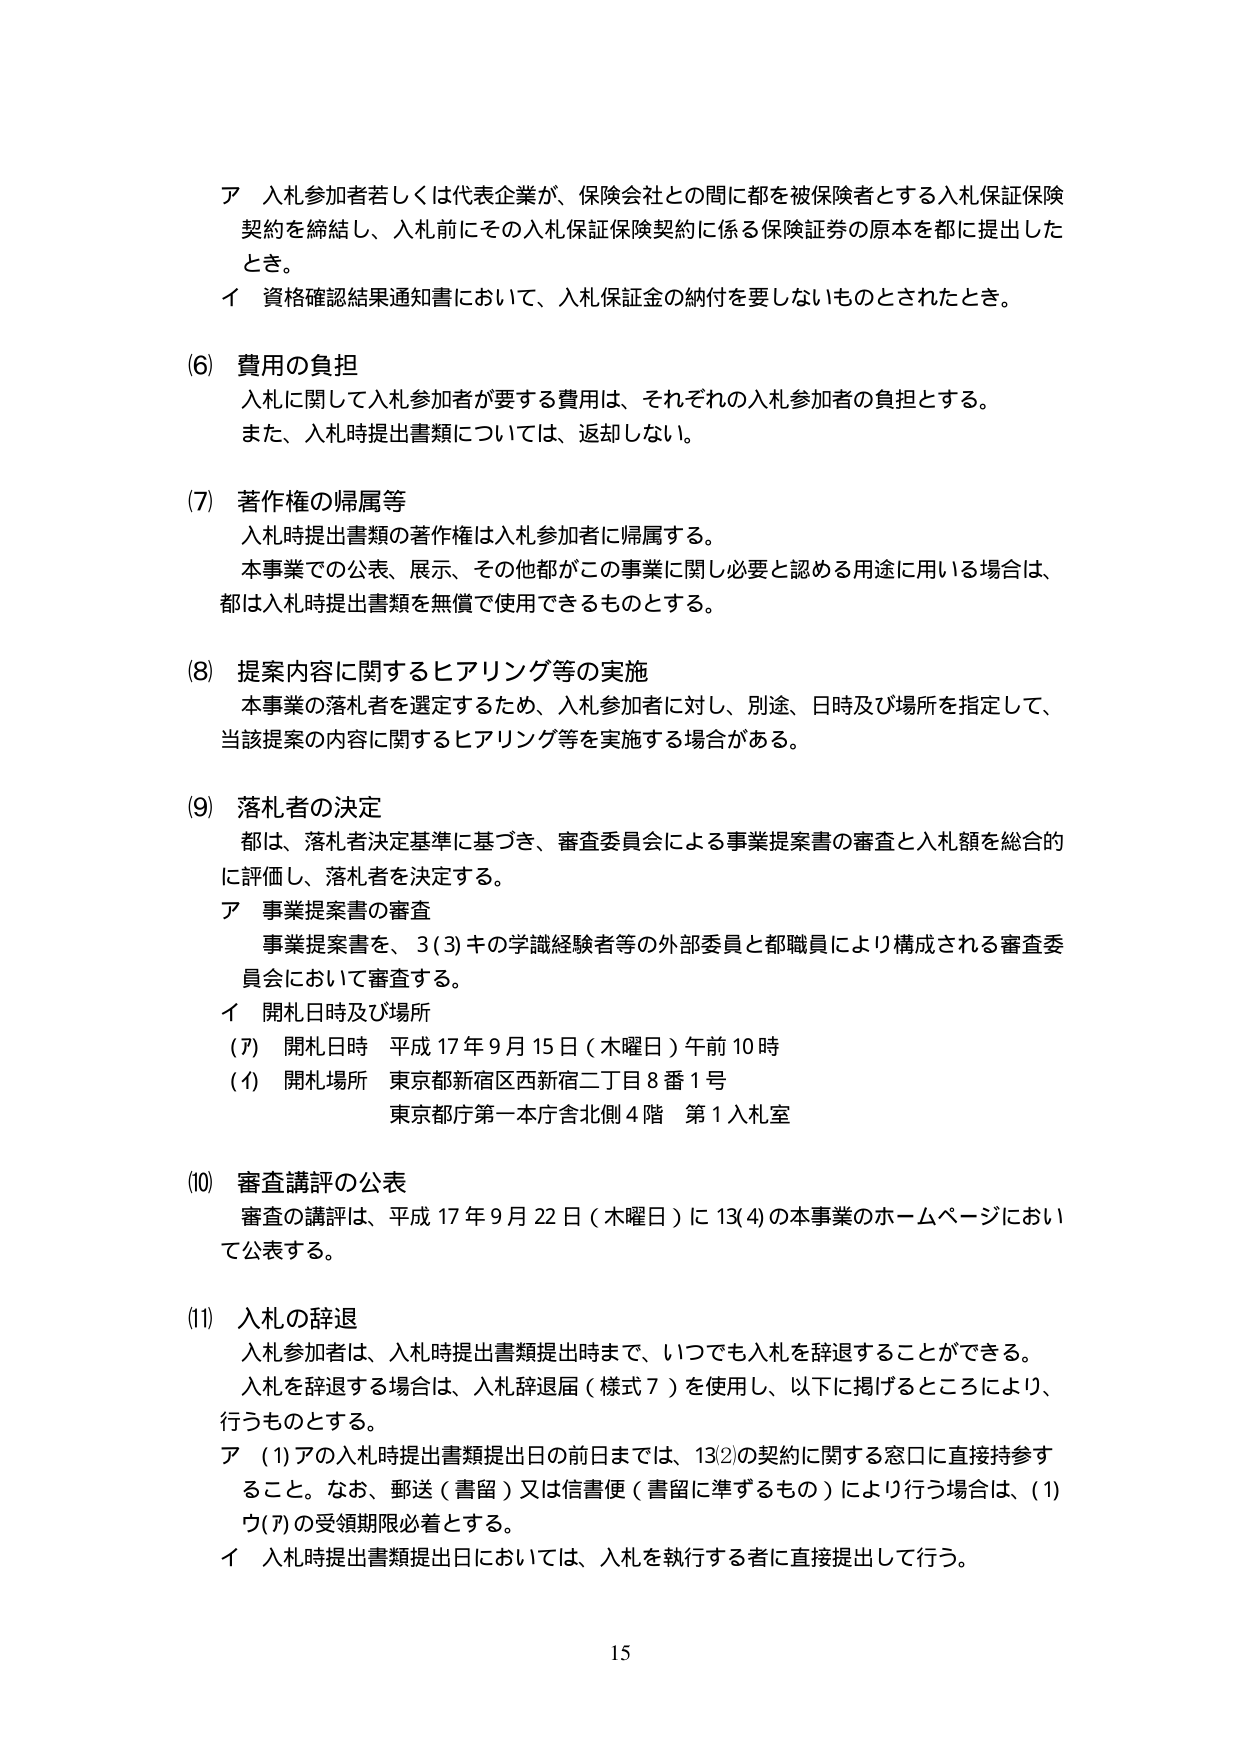
ア 入札参加者若しくは代表企業が、保険会社との間に都を被保険者とする入札保証保険契約を締結し、入札前にその入札保証保険契約に係る保険証券の原本を都に提出したとき。

イ 資格確認結果通知書において、入札保証金の納付を要しないものとされたとき。

(6) 費用の負担
入札に関して入札参加者が要する費用は、それぞれの入札参加者の負担とする。
また、入札時提出書類については、返却しない。

(7) 著作権の帰属等
入札時提出書類の著作権は入札参加者に帰属する。
本事業での公表、展示、その他都がこの事業に関し必要と認める用途に用いる場合は、都は入札時提出書類を無償で使用できるものとする。

(8) 提案内容に関するヒアリング等の実施
本事業の落札者を選定するため、入札参加者に対し、別途、日時及び場所を指定して、当該提案の内容に関するヒアリング等を実施する場合がある。

(9) 落札者の決定
都は、落札者決定基準に基づき、審査委員会による事業提案書の審査と入札額を総合的に評価し、落札者を決定する。
ア 事業提案書の審査
事業提案書を、3(3)キの学識経験者等の外部委員と都職員により構成される審査委員会において審査する。
イ 開札日時及び場所
(ア) 開札日時 平成17年9月15日（木曜日）午前10時
(イ) 開札場所 東京都新宿区西新宿二丁目8番1号
東京都庁第一本庁舎北側4階 第1入札室

(10) 審査講評の公表
審査の講評は、平成17年9月22日（木曜日）に13(4)の本事業のホームページにおいて公表する。

(11) 入札の辞退
入札参加者は、入札時提出書類提出時まで、いつでも入札を辞退することができる。
入札を辞退する場合は、入札辞退届（様式7）を使用し、以下に掲げるところにより、行うものとする。
ア (1) アの入札時提出書類提出日の前日までは、13②の契約に関する窓口に直接持参すること。なお、郵送（書留）又は信書便（書留に準ずるもの）により行う場合は、(1) ウ(ア)の受領期限必着とする。
イ 入札時提出書類提出日においては、入札を執行する者に直接提出して行う。

15